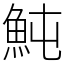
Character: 魨